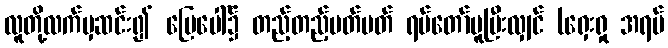
လူတို့လက်မှဆင်း၍ မြေပေါ်၌ တည့်တည့်မတ်မတ် ရပ်တော်မူပြီးလျှင် (ရှေးရှု အရပ်